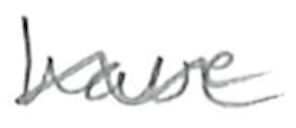
Text: have
Cross-out: wave
Writing tool: pencil